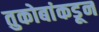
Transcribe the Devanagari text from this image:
तुकोबांकडून